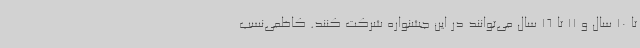
تا 10 سال و 11 تا 16 سال می‌توانند در این جشنواره شرکت کنند. کاظمی‌نسب